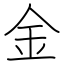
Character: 金